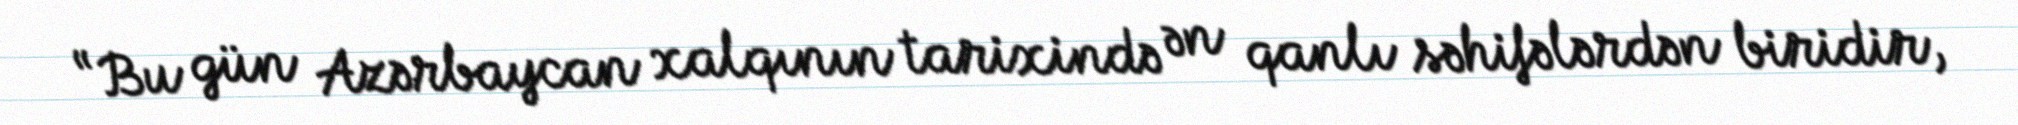
“Bu gün Azərbaycan xalqının tarixində ən qanlı səhifələrdən biridir,